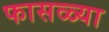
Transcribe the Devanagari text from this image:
फासळ्या